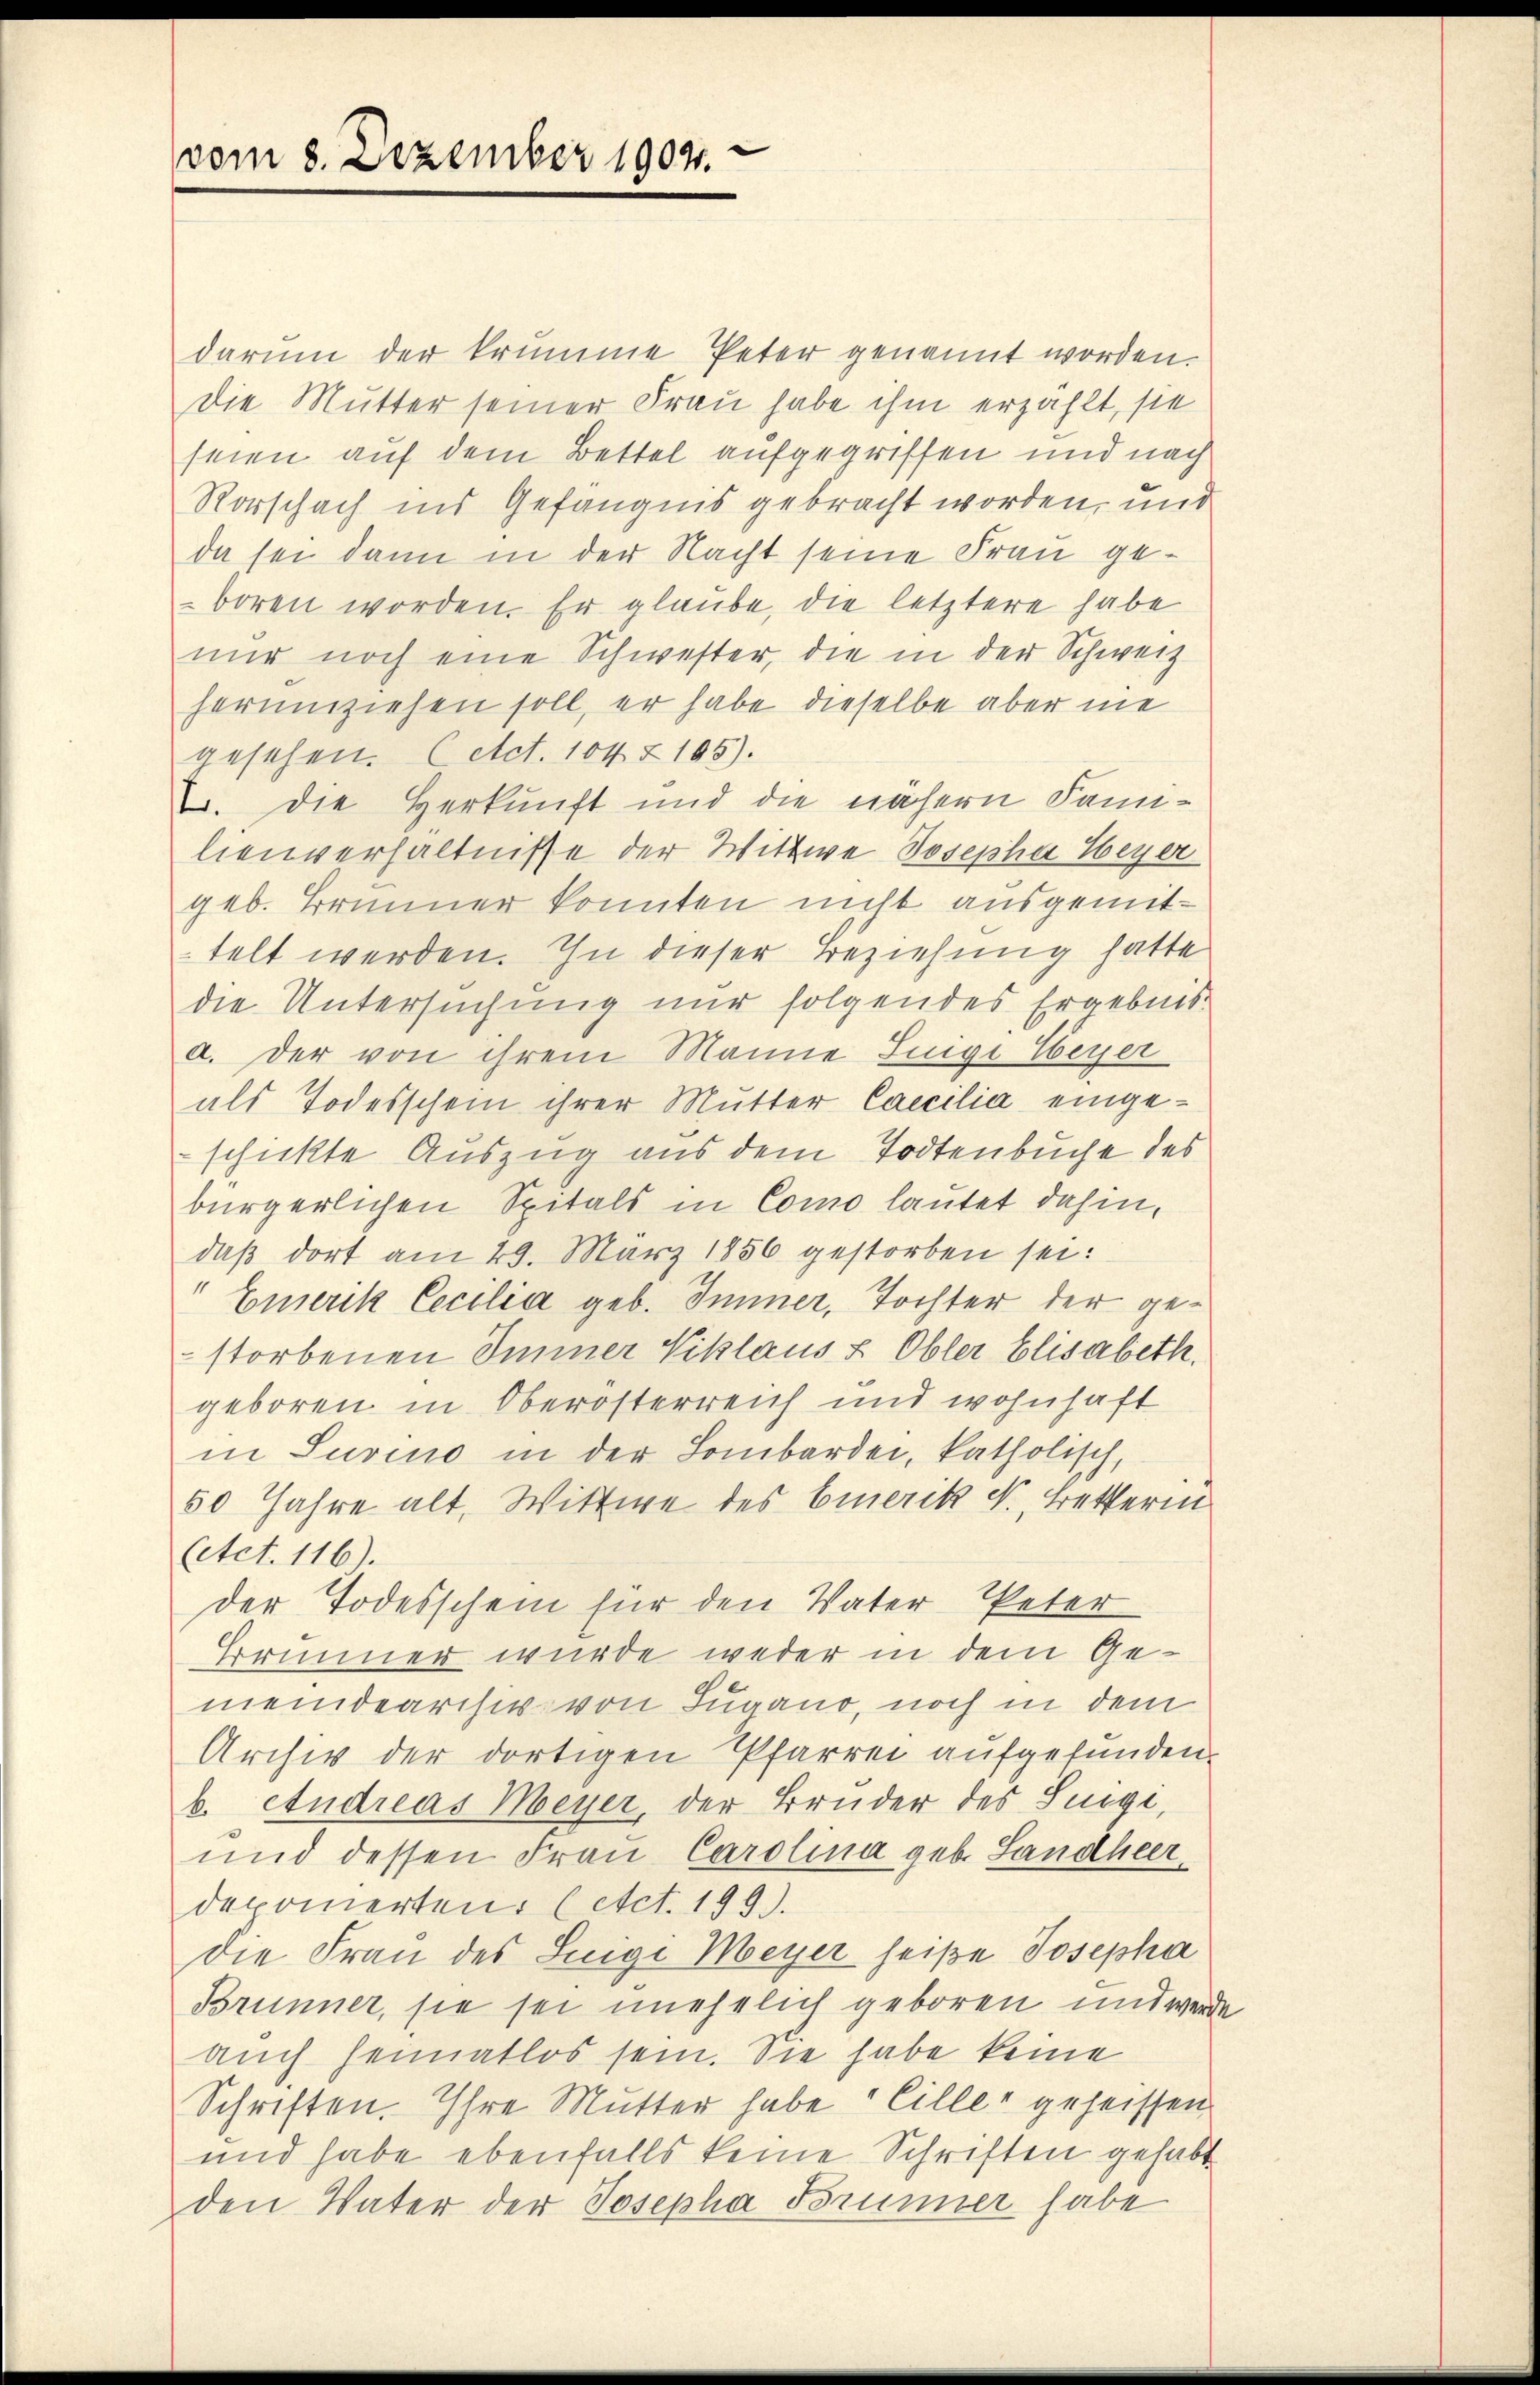
vom 8. Dezember 1904.

darum der krumme Peter genannt worden.
Die Mutter seiner Frau habe ihm erzählt, sie
seien auf dem Bettel aufgegriffen und nach
Rorschach ins Gefängnis gebracht worden, und
da sei dann in der Nacht seine Frau geboren worden. Er glaube, die letztere habe
nur noch eine Schwester, die in der Schweiz
herumziehen soll, er habe dieselbe aber nie
gesehen. (etct. 104 § 105).
2. Die Herkunft und die nähern Familienverhältnisse der Wittwe Josepha Meyer
geb. Brunner konnten nicht ausgemittelt werden. In dieser Beziehung hatte
die Untersuchung nur folgendes Ergebnis
d. Der von ihrem Manne Luige Weyer
als Todesschein ihrer Mutter Caecilia eingeschickte Auszug aus dem Todtenbuche des
bürgerlichen Spitals in Como lautet dahin,
daß dort am 29. März 1856 gestorben sei:
" Emerik Cecilia geb. Immer, Tochter der gestorbenen Immer Niklaus & Obler Elisabeth.
geboren in Oberösterreich und wohnhaft
in Suvino in der Lombarden, katholisch,
50 Jahre alt, Wittwe des Emerik N., Betterm
(Act. 116).
der Todesschein für den Vater Peter
Brunner wurde weder in dem Gemeindearisir von Lugano, noch in dem
Archiv der dortigen Pfarrer aufgefunden
b. Andreas Meyer, der Bruder des Suegi,
und dessen Frau Carolina geb. Landheer
deponierten. (Act. 199).
Die Frau des Luigi Meyer heiße Josepha
Brunner, sie sei unehelich geboren und wen
auch heimatlos sein. Sie habe keine
Schriften. Ihre Mutter habe Ciller geheissen
und habe ebenfalls keine Schriften gehabt
den Vater der Josepha Brunner habe